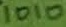
Text: 1010